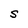
Character: S